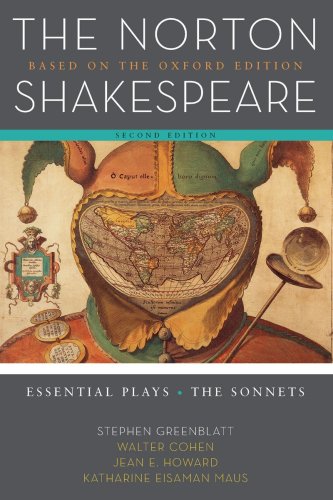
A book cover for The Norton Shakespeare: Based on the Oxford Edition: Essential Plays / The Sonnets (Second Edition); Literature & Fiction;